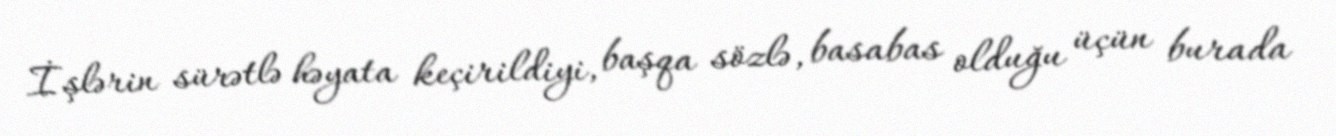
İşlərin sürətlə həyata keçirildiyi, başqa sözlə, basabas olduğu üçün burada